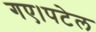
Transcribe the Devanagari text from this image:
गए।पटेल